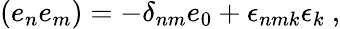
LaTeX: (e_{n}e_{m})=-\delta_{nm}e_{0}+\epsilon_{nmk}\epsilon_{k}~,